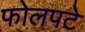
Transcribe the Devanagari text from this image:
फोलपटे